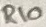
Text: R10